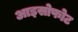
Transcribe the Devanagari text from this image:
आइसोफोट